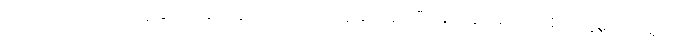
ဖယောင်းတိုင်လေးတွေ နှင့် အခြား အလှအပလေးတွေ ဆင်ယင်ပြီး မြစ်ချောင်း အင်းအိုင်တွေမှာ မျှောရင်း